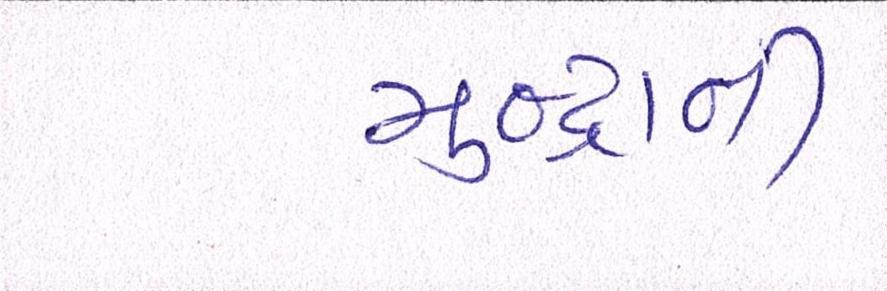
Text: મુન્દ્રાની